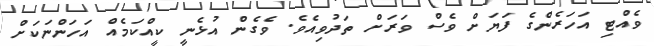
ވެއްޓި އަހަރެންގެ ފަޔަށް ވެސް ވަރަށް ތަދުވިއެވެ. ވެގެން އުޅެނީ ކީއްކަމެއް އަހަންނަކަށް